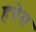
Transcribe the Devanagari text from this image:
हवेस